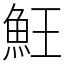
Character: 𩵭